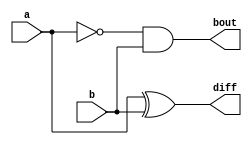
module Lab2_half_sub_gatelevel (input a, b, output diff, bout);
    wire na;
    xor #(4) G1(diff,a,b);
    not G2(na,a);
    and #(2) G3(bout,na,b);
endmodule